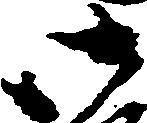
御